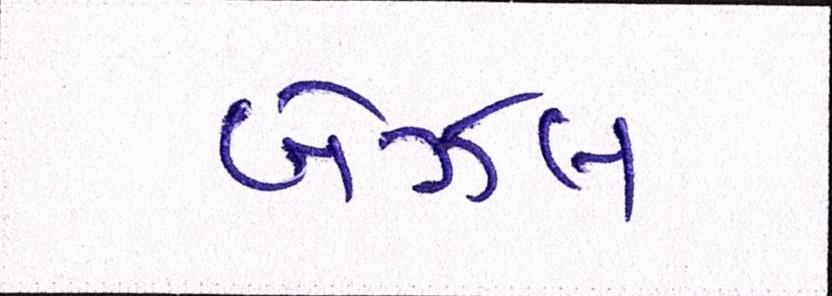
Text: બેઝલ